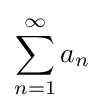
\sum _{n=1}^{\infty }a_{n}